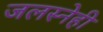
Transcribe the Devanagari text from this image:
जलस्नेही